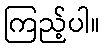
ကြည့်ပါ။